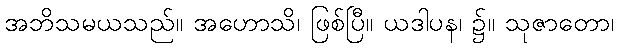
အဘိသမယသည်။ အဟောသိ၊ ဖြစ်ပြီ။ ယဒါပန၊ ၌။ သုဇာတော၊